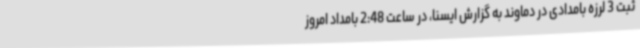
ثبت 3 لرزه بامدادی در دماوند به گزارش ایسنا، در ساعت 2:48 بامداد امروز